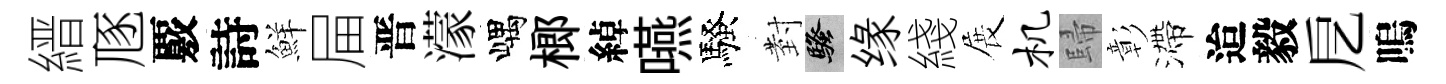
縉豗覈詩鮮屇晋濛嵎榔綽嚥騷𭔹騷缘綫展机歸彰滯迨毅戹嗚